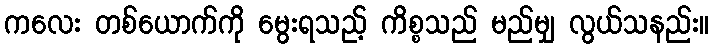
ကလေး တစ်ယောက်ကို မွေးရသည့် ကိစ္စသည် မည်မျှ လွယ်သနည်း။